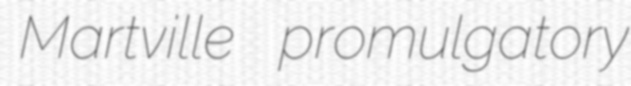
Martville promulgatory